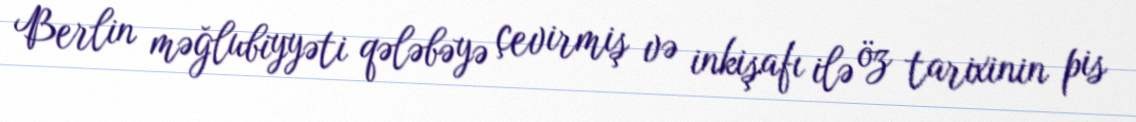
Berlin məğlubiyyəti qələbəyə çevirmiş və inkişafı ilə öz tarixinin pis